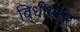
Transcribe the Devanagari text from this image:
विधीनंतर